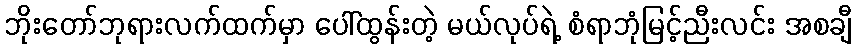
ဘိုးတော်ဘုရားလက်ထက်မှာ ပေါ်ထွန်းတဲ့ မယ်လုပ်ရဲ့ စံရာဘုံမြင့်ညီးလင်း အစချီ